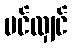
ပင်လျှင်